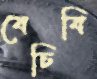
বেচিবি